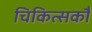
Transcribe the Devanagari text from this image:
चिकित्सकौं